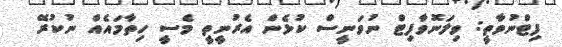
ފިޓްނުވާތީ: ވިލަނޮވާފިޓް ނުވަނީސް ކުޅެން އެރުނީތީ މެސީ ހިތާމައެއް ނުކުރޭ